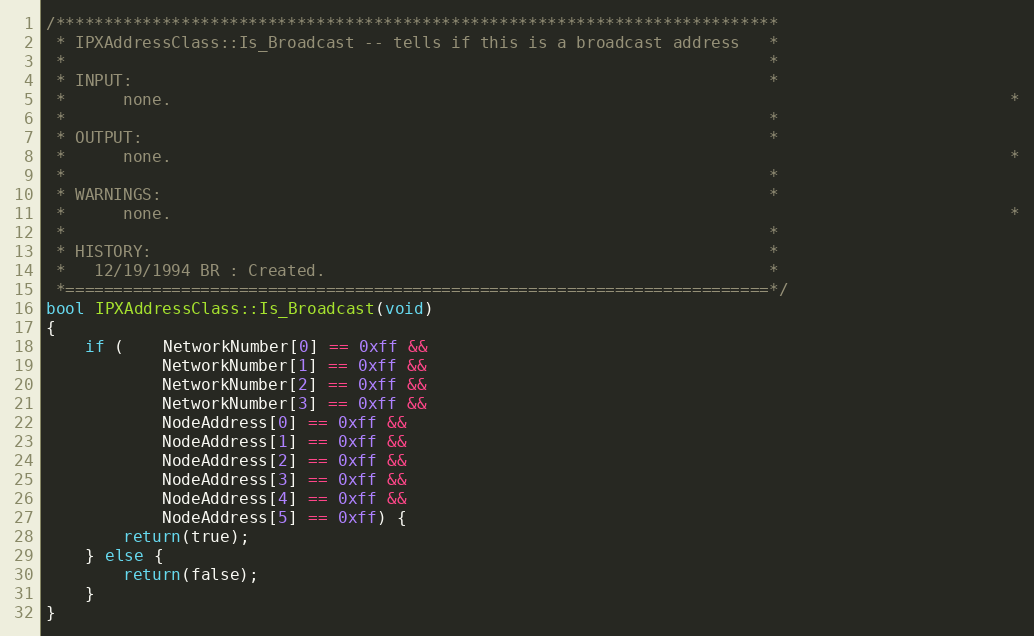
Language: C++
/***************************************************************************
 * IPXAddressClass::Is_Broadcast -- tells if this is a broadcast address   *
 *                                                                         *
 * INPUT:                                                                  *
 *		none.																						*
 *                                                                         *
 * OUTPUT:                                                                 *
 *		none.																						*
 *                                                                         *
 * WARNINGS:                                                               *
 *		none.																						*
 *                                                                         *
 * HISTORY:                                                                *
 *   12/19/1994 BR : Created.                                              *
 *=========================================================================*/
bool IPXAddressClass::Is_Broadcast(void)
{
	if (	NetworkNumber[0] == 0xff &&
			NetworkNumber[1] == 0xff &&
			NetworkNumber[2] == 0xff &&
			NetworkNumber[3] == 0xff &&
			NodeAddress[0] == 0xff &&
			NodeAddress[1] == 0xff &&
			NodeAddress[2] == 0xff &&
			NodeAddress[3] == 0xff &&
			NodeAddress[4] == 0xff &&
			NodeAddress[5] == 0xff) {
		return(true);
	} else {
		return(false);
	}
}